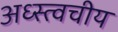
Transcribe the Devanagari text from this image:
अध्स्त्वचीय